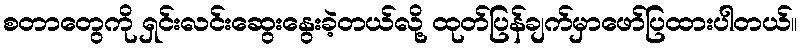
စတာတွေကို ရှင်းလင်းဆွေးနွေးခဲ့တယ်လို့ ထုတ်ပြန်ချက်မှာဖော်ပြထားပါတယ်။